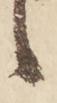
候